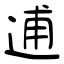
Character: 逋